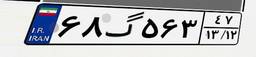
۶۸گ۵۶۳۴۷